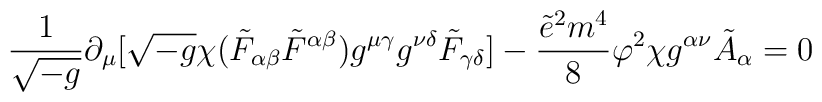
\frac{1}{\sqrt{-g}}\partial_{\mu}[\sqrt{-g}\chi (\tilde{F}_{\alpha\beta}\tilde{F}^{\alpha\beta})g^{\mu\gamma}g^{\nu\delta}\tilde{F}_{\gamma\delta}]-\frac{\tilde{e}^{2}m^{4}}{8}\varphi^{2}\chi g^{\alpha\nu}\tilde{A}_{\alpha}=0